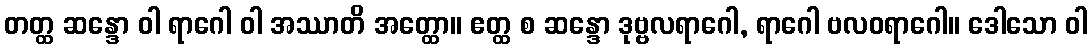
တတ္ထ ဆန္ဒော ဝါ ရာဂေါ ဝါ အဿာတိ အတ္ထော။ ဧတ္ထ စ ဆန္ဒော ဒုဗ္ဗလရာဂေါ, ရာဂေါ ဗလဝရာဂေါ။ ဒေါသော ဝါ